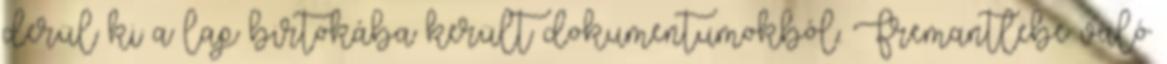
derül ki a lap birtokába került dokumentumokból. Fremantlebe való